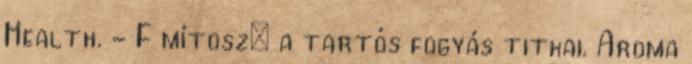
Health. - F mítosz: a tartós fogyás titkai. Aroma